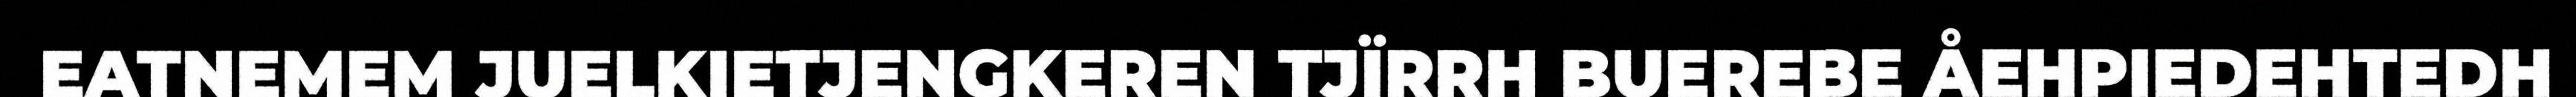
EATNEMEM JUELKIETJENGKEREN TJÏRRH BUEREBE ÅEHPIEDEHTEDH